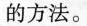
的方法。